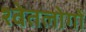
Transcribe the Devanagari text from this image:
श्वेतलोगों